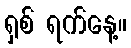
ရှစ် ရက်နေ့။